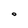
Character: O